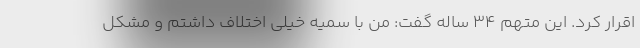
اقرار کرد. این متهم ۳۴ ساله گفت: من با سمیه خیلی اختلاف داشتم و مشکل